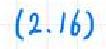
$(2.16)$